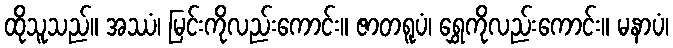
ထိုသူသည်။ အဿံ၊ မြင်းကိုလည်းကောင်း။ ဇာတရူပံ၊ ရွှေကိုလည်းကောင်း။ မနာပံ၊